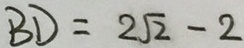
B D = 2 \sqrt { 2 } - 2